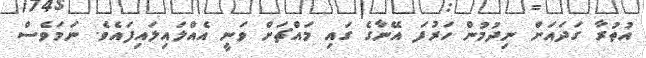
އުތުރާ ގަދައަށް ނިދުމުން ހަރުފަ އޭނާގެ ގައި މައްޗަށް ވަނީ އެއްލައިލައިފައެވެ. ނަމަވެސް